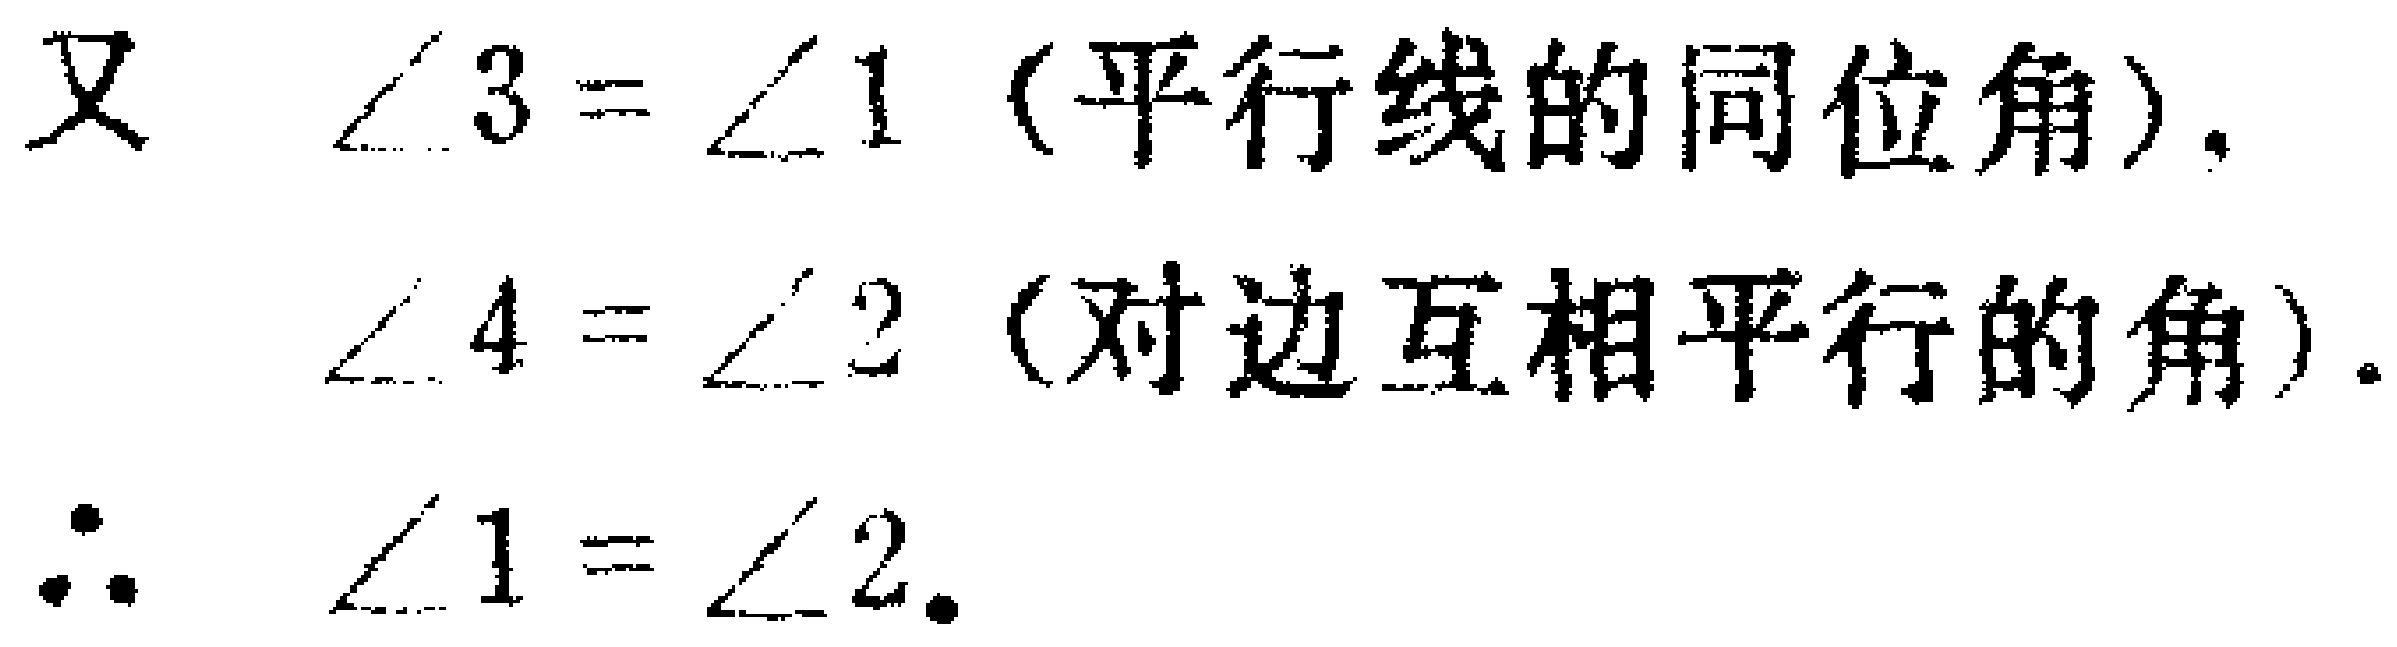
又 $\angle 3 = \angle 1$ (平行线的同位角).
$\angle 4 = \angle 2$ (对边互相平行的角).
$\therefore \angle 1 = \angle 2$.